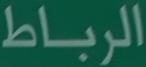
الرباط